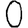
Digit: 0